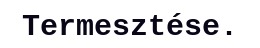
Termesztése.